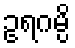
ဥရဂမ္ပိ